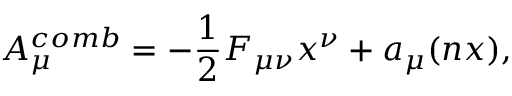
A \sb { \mu } \sp { c o m b } = - \frac { 1 } { 2 } F \sb { \mu \nu } x \sp { \nu } + a \sb { \mu } ( n x ) ,